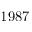
1 9 8 7